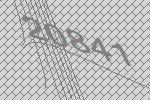
20841